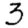
Digit: 3